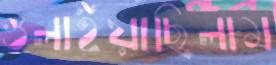
গুলাইয়াছিলাম